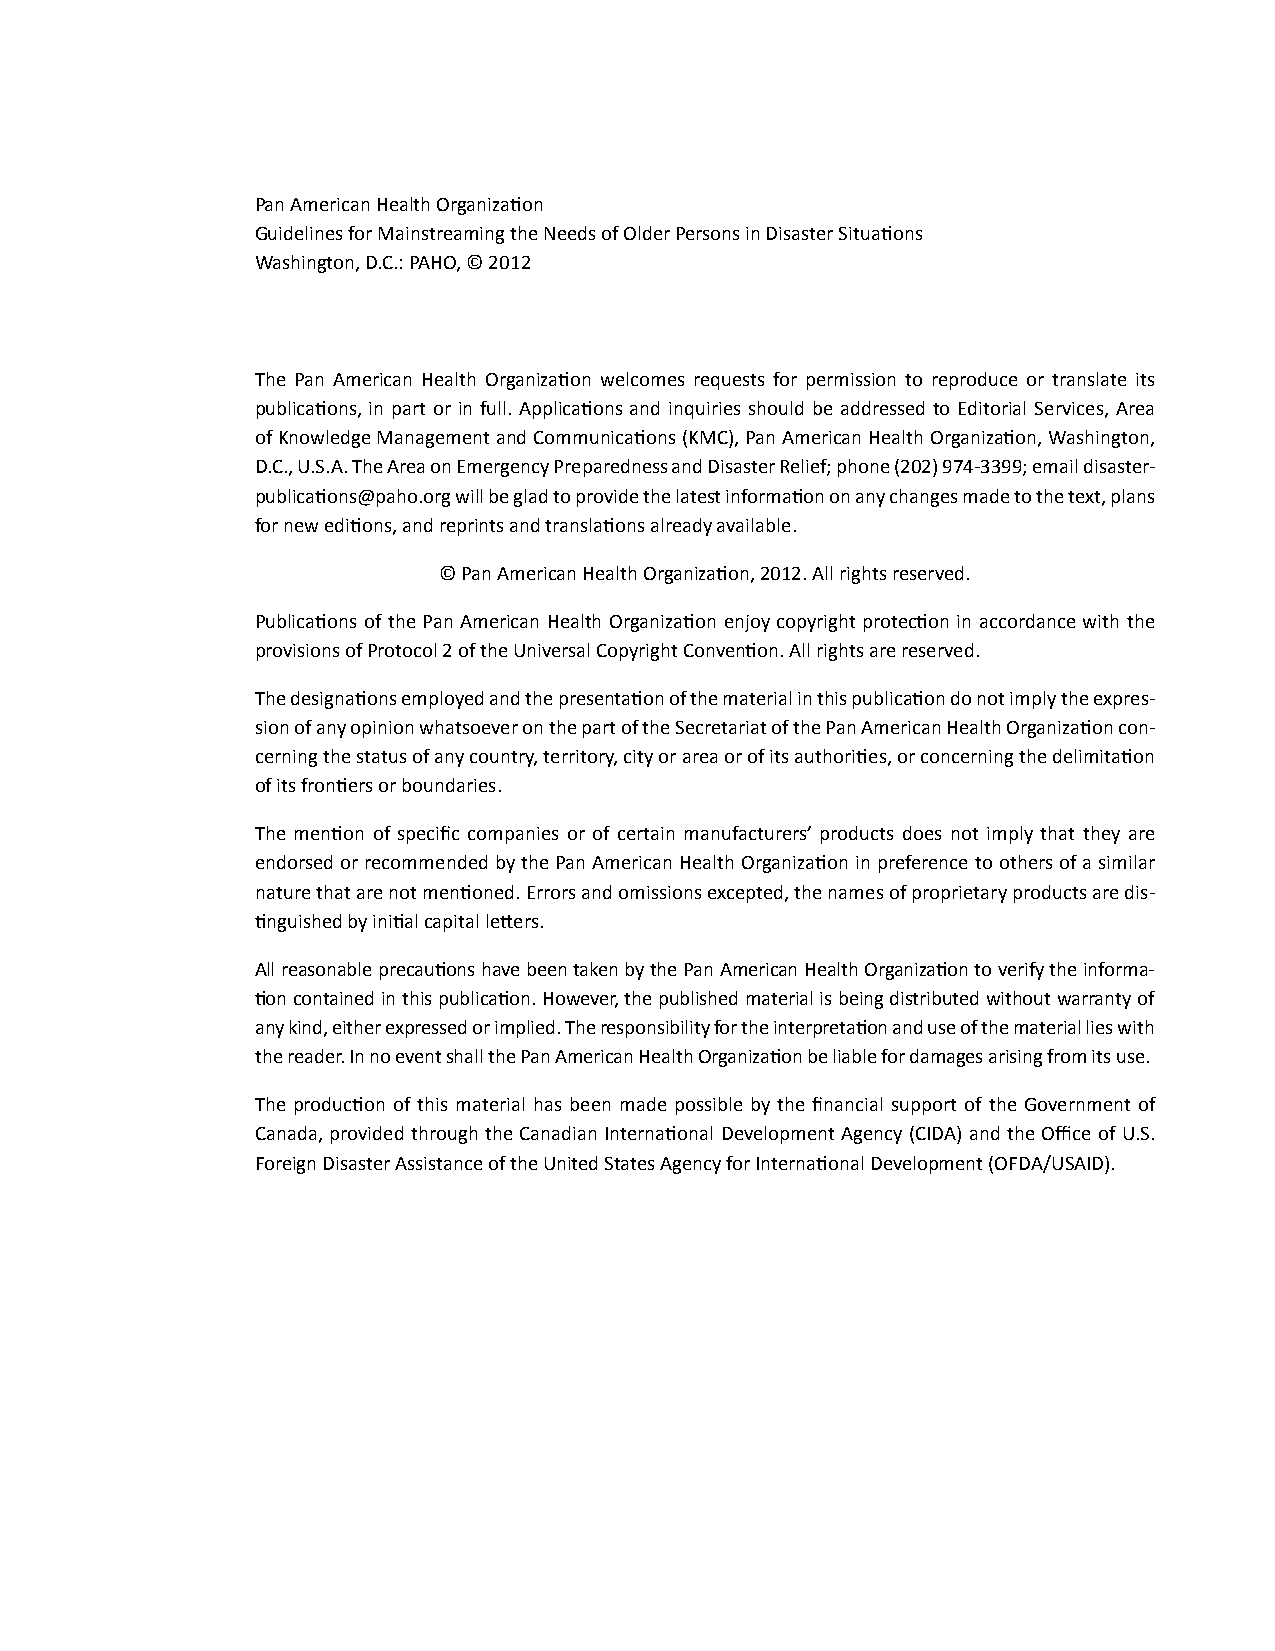
Pan American Health Organization
 Guidelines for Mainstreaming the Needs of Older Persons in Disaster Situations
 Washington, D.C.: PAHO, © 2012
 The Pan American Health Organization welcomes requests for permission to reproduce or translate its
 publications, in part or in full. Applications and inquiries should be addressed to Editorial Services, Area
 of Knowledge Management and Communications (KMC), Pan American Health Organization, Washington,
 D.C., U.S.A. The Area on Emergency Preparedness and Disaster Relief; phone (202) 974-3399; email disaster-
 publications@paho.org will be glad to provide the latest information on any changes made to the text, plans
 for new editions, and reprints and translations already available.
 © Pan American Health Organization, 2012. All rights reserved.
 Publications of the Pan American Health Organization enjoy copyright protection in accordance with the
 provisions of Protocol 2 of the Universal Copyright Convention. All rights are reserved.
 The designations employed and the presentation of the material in this publication do not imply the expres-
 sion of any opinion whatsoever on the part of the Secretariat of the Pan American Health Organization con-
 cerning the status of any country, territory, city or area or of its authorities, or concerning the delimitation
 of its frontiers or boundaries.
 The mention of specific companies or of certain manufacturers’ products does not imply that they are
 endorsed or recommended by the Pan American Health Organization in preference to others of a similar
 nature that are not mentioned. Errors and omissions excepted, the names of proprietary products are dis-
 tinguished by initial capital letters.
 All reasonable precautions have been taken by the Pan American Health Organization to verify the informa-
 tion contained in this publication. However, the published material is being distributed without warranty of
 any kind, either expressed or implied. The responsibility for the interpretation and use of the material lies with
 the reader. In no event shall the Pan American Health Organization be liable for damages arising from its use.
 The production of this material has been made possible by the financial support of the Government of
 Canada, provided through the Canadian International Development Agency (CIDA) and the Office of U.S.
 Foreign Disaster Assistance of the United States Agency for International Development (OFDA/USAID).